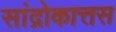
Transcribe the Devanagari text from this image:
सांद्रोकात्तस